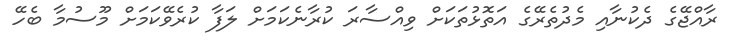
ރާއްޖޭގެ ދެކުނާއި މެދުތެރޭގެ އަތޮޅުތަކަށް ވިއްސާރަ ކުރާނެކަމަށް ލަފާ ކުރެވޭކަމަށް މޫސުމާ ބެހޭ